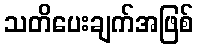
သတိပေးချက်အဖြစ်